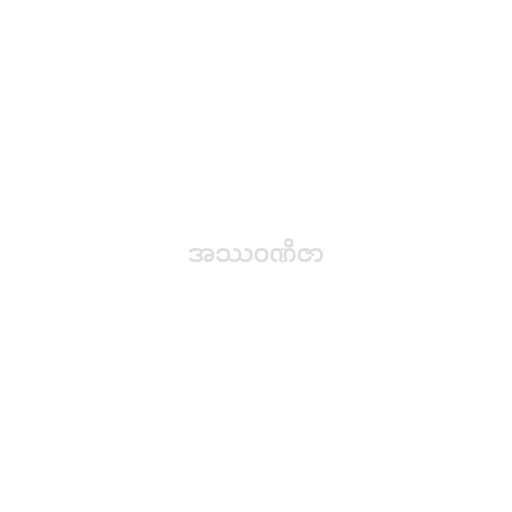
အဿဝဏိဇာ